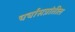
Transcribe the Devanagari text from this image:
चर्चासत्रांतील